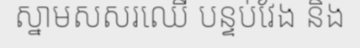
ស្នាមសសរឈើ បន្ទប់វែង និង